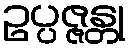
ဥပ္ပဇ္ဇန္တု